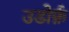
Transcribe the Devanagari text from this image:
उडोर्फ़